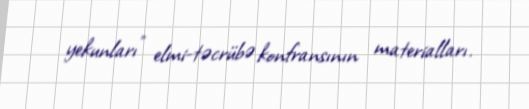
yekunları" elmi-təcrübə konfransının materialları.